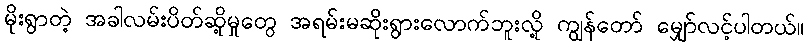
မိုးရွာတဲ့ အခါလမ်းပိတ်ဆို့မှုတွေ အရမ်းမဆိုးရွားလောက်ဘူးလို့ ကျွန်တော် မျှော်လင့်ပါတယ်။